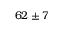
6 2 \pm 7